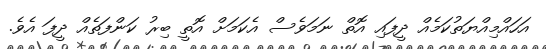
އަހައްމިއްޔަތުކަމެއް ދީފައި އޮތް ނަމަވެސް އެކަމަށް އޮތީ ބިރު ކަންފަތެއް ދީފަ އެވެ.